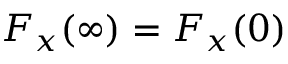
F _ { x } ( \infty ) = F _ { x } ( 0 )